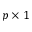
p \times 1